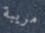
مريبة